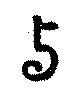
与